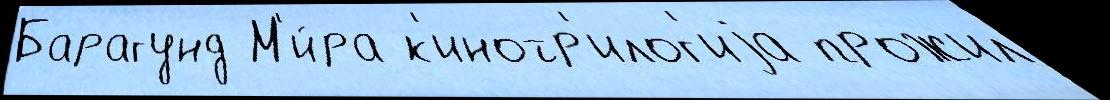
Барагунд М'и́ра к'инотр'илог'иjа прожил